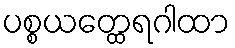
ပစ္စယတ္ထေရဂါထာ